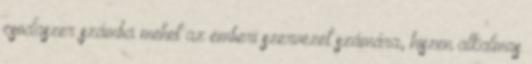
csodaszer számba mehet az emberi szervezet számára, hiszen alkalmas